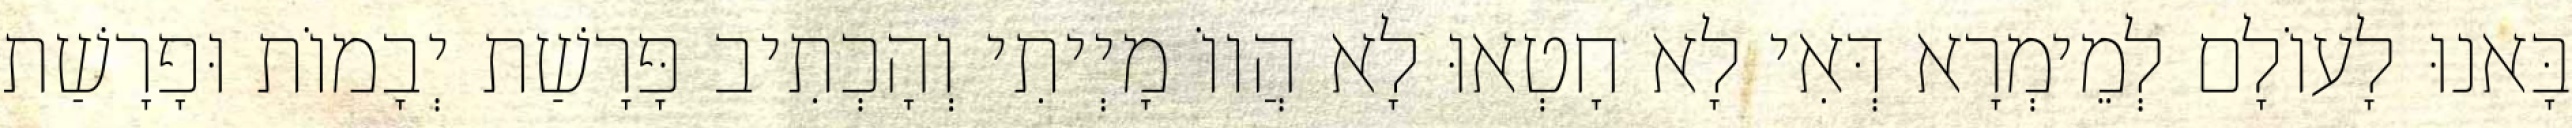
בָּאנוּ לָעוֹלָם לְמֵימְרָא דְּאִי לָא חָטְאוּ לָא הֲווֹ מָיְיתִי וְהָכְתִיב פָּרָשַׁת יְבָמוֹת וּפָרָשַׁת